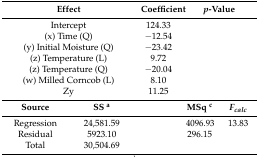
<table><thead><tr><td colspan="2"><b>Effect</b></td><td colspan="2"><b>Coefficient</b></td><td colspan="2"><b><i>p</i>-Value</b></td></tr></thead><tbody><tr><td colspan="2">Intercept</td><td colspan="2">124.33</td><td colspan="2">[EMPTY_CELL]</td></tr><tr><td colspan="2">(x) Time (Q)</td><td colspan="2">−12.54</td><td colspan="2">[EMPTY_CELL]</td></tr><tr><td colspan="2">(y) Initial Moisture (Q)</td><td colspan="2">−23.42</td><td colspan="2">[EMPTY_CELL]</td></tr><tr><td colspan="2">(z) Temperature (L)</td><td colspan="2">9.72</td><td colspan="2">[EMPTY_CELL]</td></tr><tr><td colspan="2">(z) Temperature (Q)</td><td colspan="2">−20.04</td><td colspan="2">[EMPTY_CELL]</td></tr><tr><td colspan="2">(w) Milled Corncob (L)</td><td colspan="2">8.10</td><td colspan="2">[EMPTY_CELL]</td></tr><tr><td colspan="2">Zy</td><td colspan="2">11.25</td><td colspan="2">[EMPTY_CELL]</td></tr><tr><td><b>Source</b></td><td><b>SS <sup>a</sup></b></td><td>[EMPTY_CELL]</td><td colspan="2"><b>MSq <sup>c</sup></b></td><td><b><i>F<sub>calc</sub></i></b></td></tr><tr><td>Regression</td><td>24,581.59</td><td>[EMPTY_CELL]</td><td colspan="2">4096.93</td><td>13.83</td></tr><tr><td>Residual</td><td>5923.10</td><td>[EMPTY_CELL]</td><td colspan="2">296.15</td><td>[EMPTY_CELL]</td></tr><tr><td>Total</td><td>30,504.69</td><td>[EMPTY_CELL]</td><td colspan="2">[EMPTY_CELL]</td><td>[EMPTY_CELL]</td></tr></tbody></table>